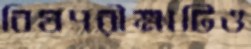
বিষপরীক্ষাটিও